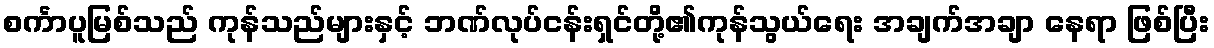
စင်္ကာပူမြစ်သည် ကုန်သည်များနှင့် ဘဏ်လုပ်ငန်းရှင်တို့၏ကုန်သွယ်ရေး အချက်အချာ နေရာ ဖြစ်ပြီး